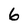
Character: 6